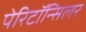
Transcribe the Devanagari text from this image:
पेरिटॉन्सिलर